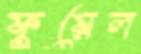
ফুয়েল